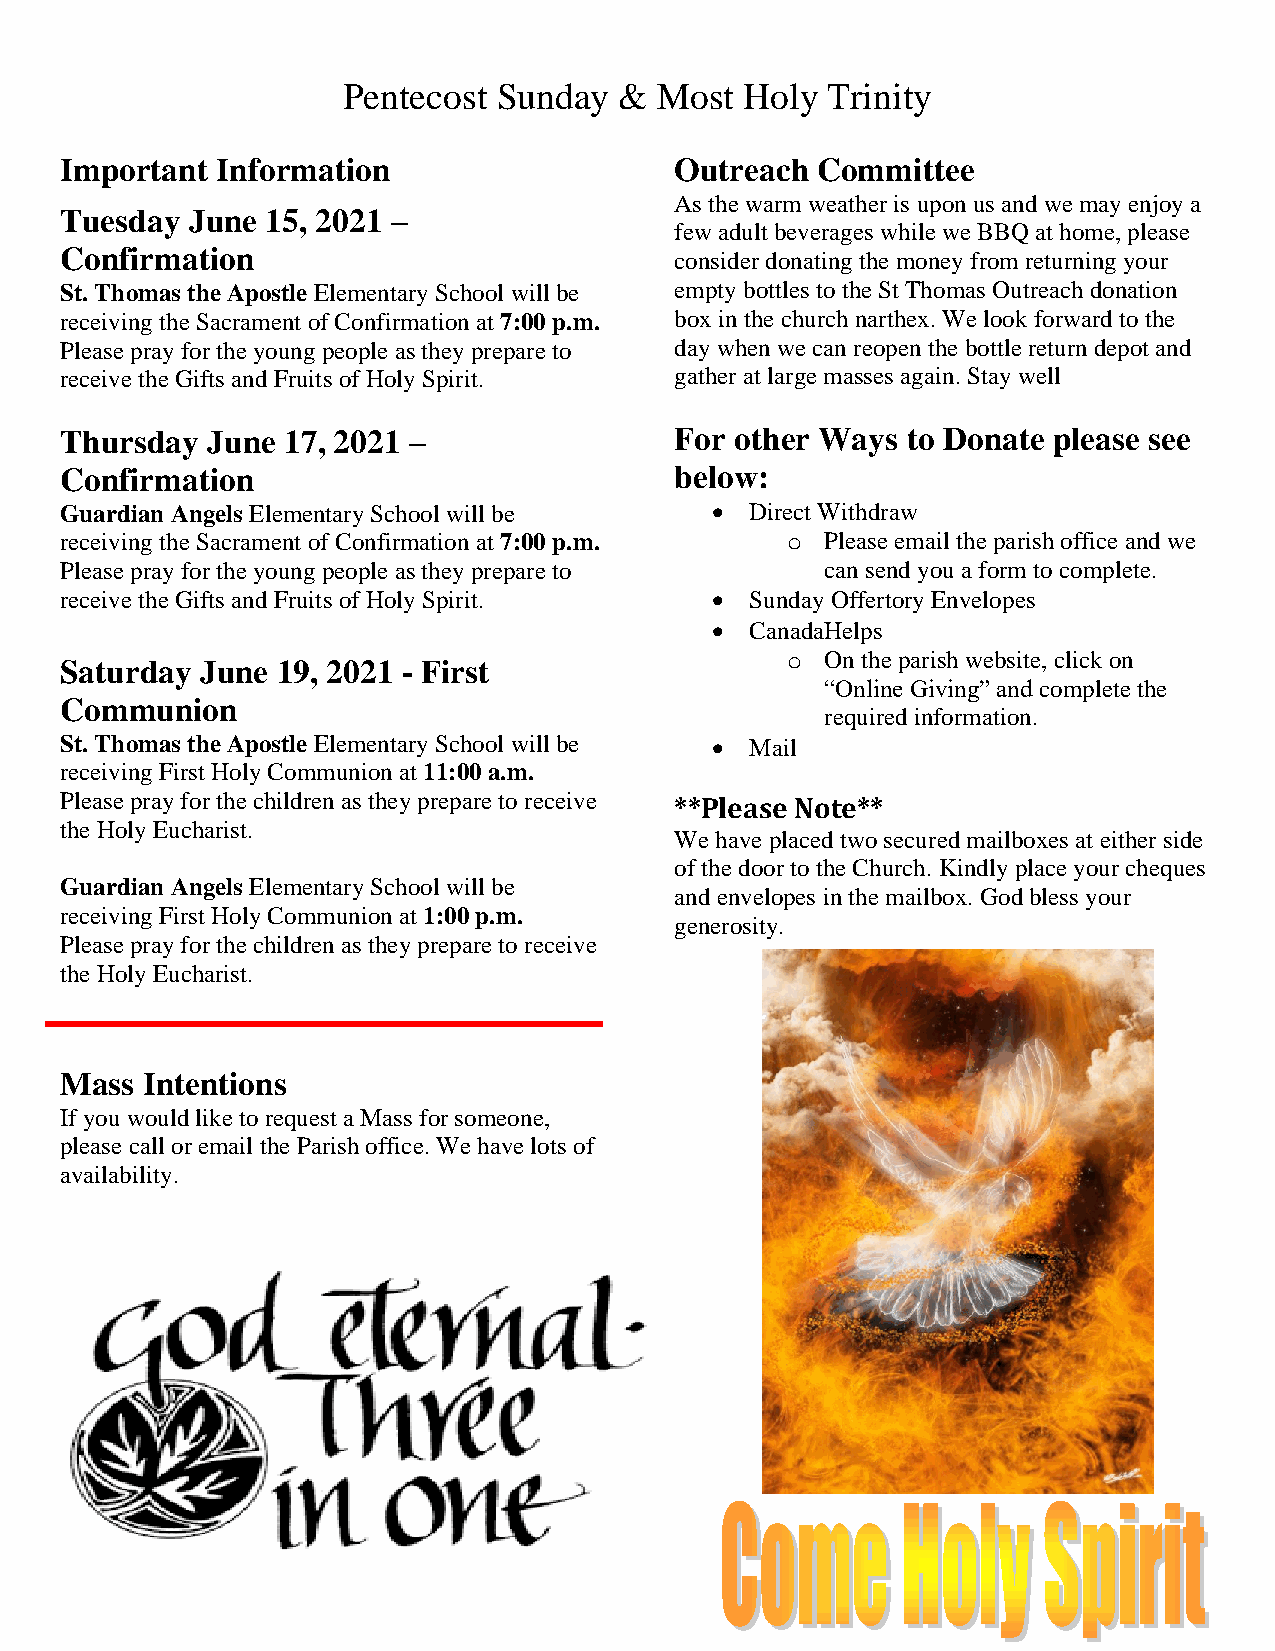
Pentecost Sunday  &  Most Holy  Trinity
 Important Information                    Outreach Committee
 As the warm weather is upon us and we may enjoy a
 Tuesday June  15, 2021 –
 few adult beverages while we BBQ at home, please
 Confirmation                             consider donating the money from returning your
 St. Thomas the Apostle Elementary School will be empty bottles to the St Thomas Outreach donation
 receiving the Sacrament of Confirmation at 7:00 p.m. box in the church narthex. We look forward to the
 Please pray for the young people as they prepare to day when we can reopen the bottle return depot and
 receive the Gifts and Fruits of Holy Spirit. gather at large masses again. Stay well
 Thursday  June 17, 2021 –                For other Ways to Donate please see
 Confirmation                             below:
 Guardian Angels Elementary School will be  •  Direct Withdraw
 receiving the Sacrament of Confirmation at 7:00 p.m. o Please email the parish office and we
 Please pray for the young people as they prepare to can send you a form to complete.
 receive the Gifts and Fruits of Holy Spirit. • Sunday Offertory Envelopes
 •  CanadaHelps
 o  On the parish website, click on
 Saturday June 19, 2021 - First
 “Online Giving” and complete the
 Communion
 required information.
 St. Thomas the Apostle Elementary School will be • Mail
 receiving First Holy Communion at 11:00 a.m.
 Please pray for the children as they prepare to receive **Please Note**
 the Holy Eucharist.
 We have placed two secured mailboxes at either side
 of the door to the Church. Kindly place your cheques
 Guardian Angels Elementary School will be
 and envelopes in the mailbox. God bless your
 receiving First Holy Communion at 1:00 p.m.
 generosity.
 Please pray for the children as they prepare to receive
 the Holy Eucharist.
 Mass Intentions
 If you would like to request a Mass for someone,
 please call or email the Parish office. We have lots of
 availability.